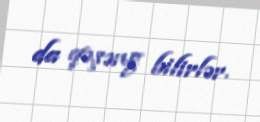
da qəşəng bilirlər.